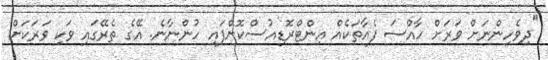
"ދިވެހިންނަށް ވަރަށް ހާއްސަ ފެއާތަކެއް އިންޓްރޮޑިއުސްކޮށްފައި ހުންނާނެ. އޭގެ ތެރޭގައި ވަކި ވަރަކަށް